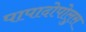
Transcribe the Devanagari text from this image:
पापादोपोलुस